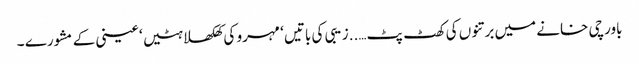
باورچی خانے میں برتنوں کی کھٹ پٹ…..زیبی کی باتیں ‘ مہرو کی کھلکھلاہٹیں ‘ عینی کے مشورے ۔